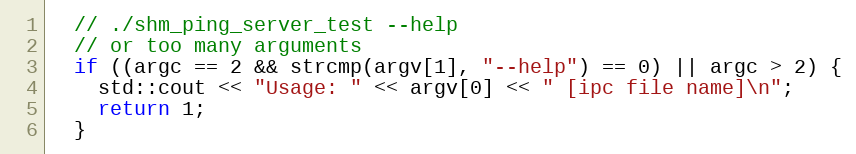
Language: C++
  // ./shm_ping_server_test --help
  // or too many arguments
  if ((argc == 2 && strcmp(argv[1], "--help") == 0) || argc > 2) {
    std::cout << "Usage: " << argv[0] << " [ipc file name]\n";
    return 1;
  }